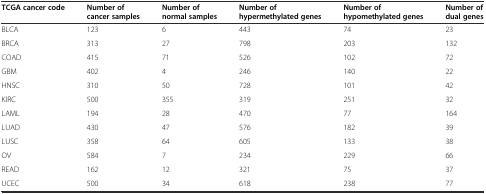
<table><thead><tr><td><b>TCGA cancer code</b></td><td><b>Number of cancer samples</b></td><td><b>Number of normal samples</b></td><td><b>Number of hypermethylated genes</b></td><td><b>Number of hypomethylated genes</b></td><td><b>Number of dual genes</b></td></tr></thead><tbody><tr><td>BLCA</td><td>123</td><td>6</td><td>443</td><td>74</td><td>23</td></tr><tr><td>BRCA</td><td>313</td><td>27</td><td>798</td><td>203</td><td>132</td></tr><tr><td>COAD</td><td>415</td><td>71</td><td>526</td><td>102</td><td>72</td></tr><tr><td>GBM</td><td>402</td><td>4</td><td>246</td><td>140</td><td>22</td></tr><tr><td>HNSC</td><td>310</td><td>50</td><td>728</td><td>101</td><td>42</td></tr><tr><td>KIRC</td><td>500</td><td>355</td><td>319</td><td>251</td><td>32</td></tr><tr><td>LAML</td><td>194</td><td>28</td><td>470</td><td>77</td><td>164</td></tr><tr><td>LUAD</td><td>430</td><td>47</td><td>576</td><td>182</td><td>39</td></tr><tr><td>LUSC</td><td>358</td><td>64</td><td>605</td><td>133</td><td>38</td></tr><tr><td>OV</td><td>584</td><td>7</td><td>234</td><td>229</td><td>66</td></tr><tr><td>READ</td><td>162</td><td>12</td><td>321</td><td>75</td><td>37</td></tr><tr><td>UCEC</td><td>500</td><td>34</td><td>618</td><td>238</td><td>77</td></tr></tbody></table>